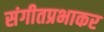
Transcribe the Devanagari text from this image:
संगीतप्रभाकर